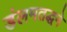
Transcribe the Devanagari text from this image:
डंलमतद्धने